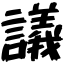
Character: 議